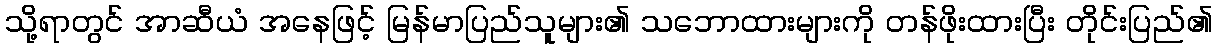
သို့ရာတွင် အာဆီယံ အနေဖြင့် မြန်မာပြည်သူများ၏ သဘောထားများကို တန်ဖိုးထားပြီး တိုင်းပြည်၏